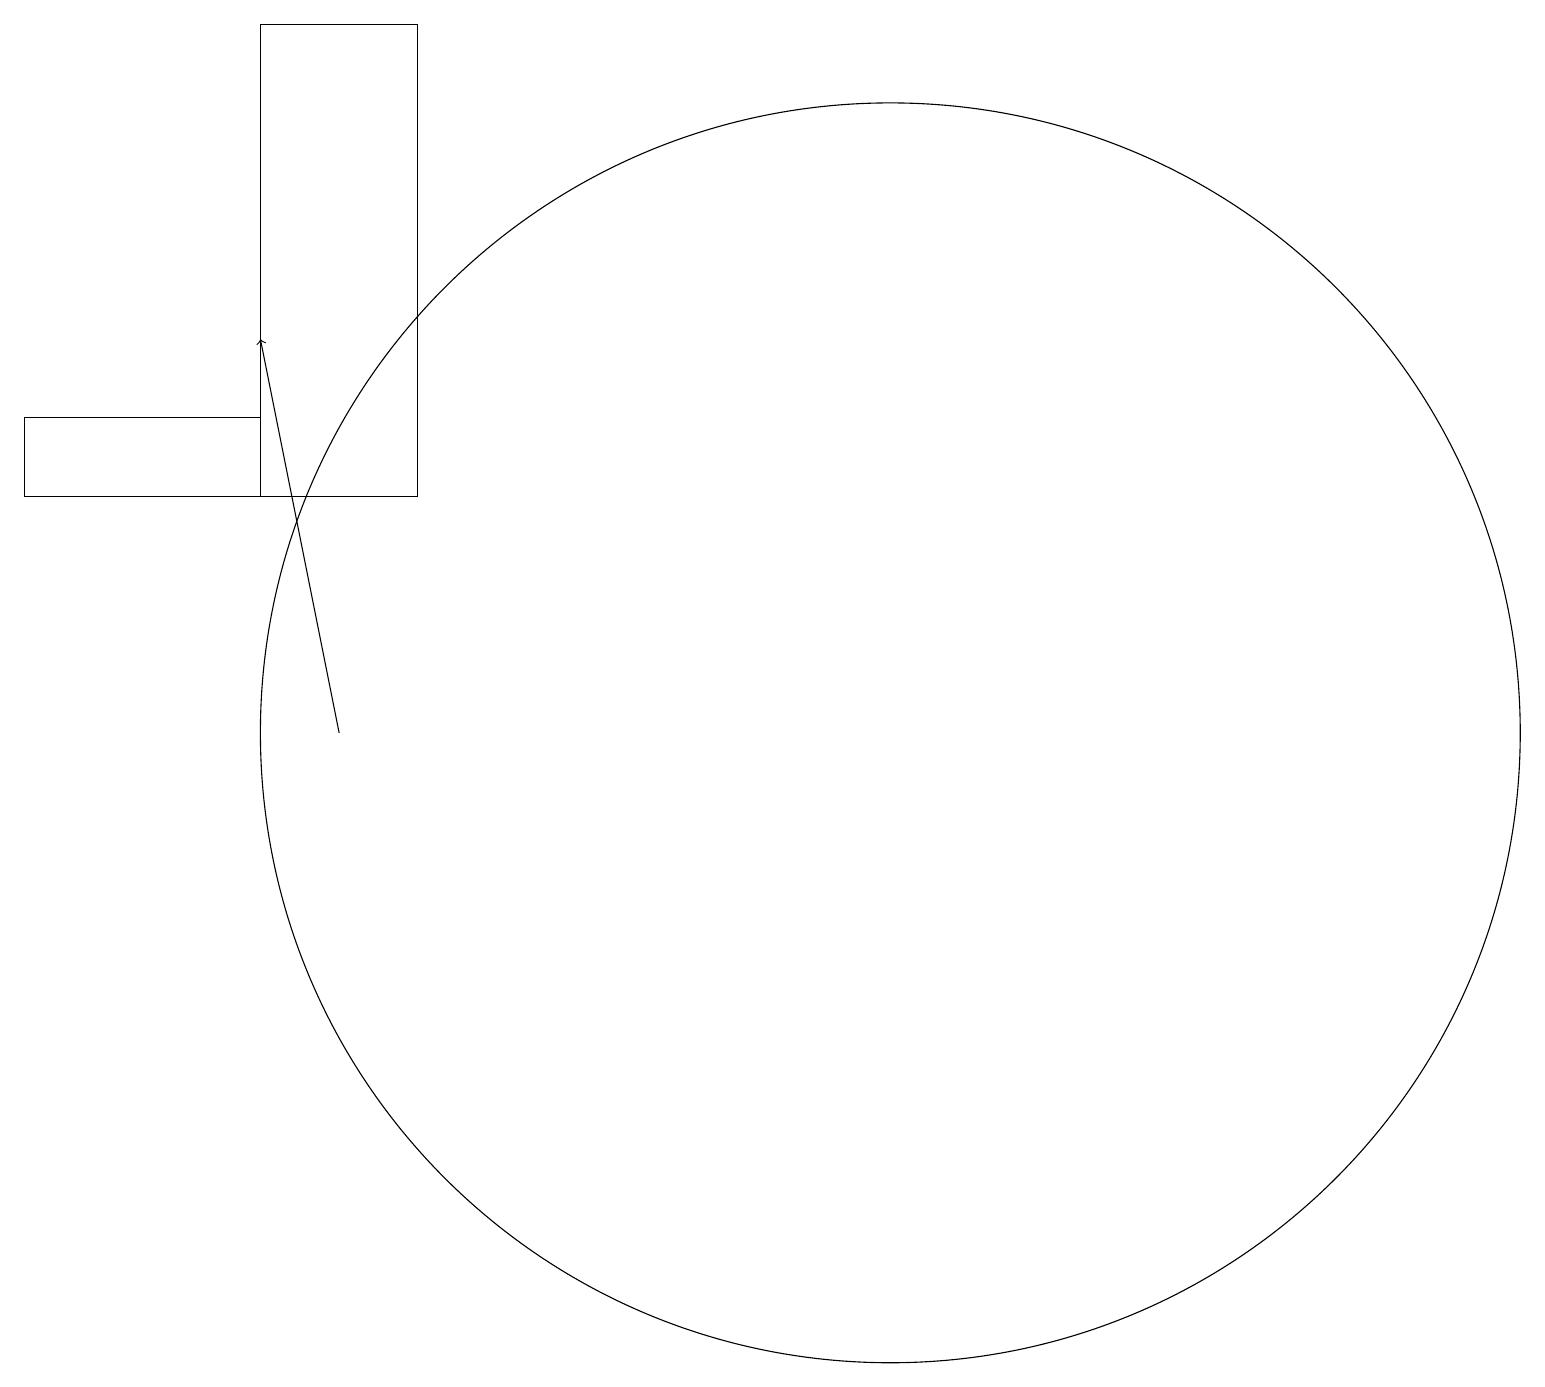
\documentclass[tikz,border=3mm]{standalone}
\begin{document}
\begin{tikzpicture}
\draw (4,14) rectangle (1,13);
\draw (4,13) rectangle (6,19);
\draw[->] (5,10) -- (4,15);
\draw (12,10) circle (8);
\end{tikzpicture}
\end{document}